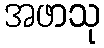
အဖာသု